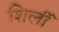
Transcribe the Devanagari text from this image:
शिर्ली